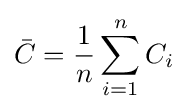
{\bar {C}}={\frac {1}{n}}\sum _{i=1}^{n}C_{i}